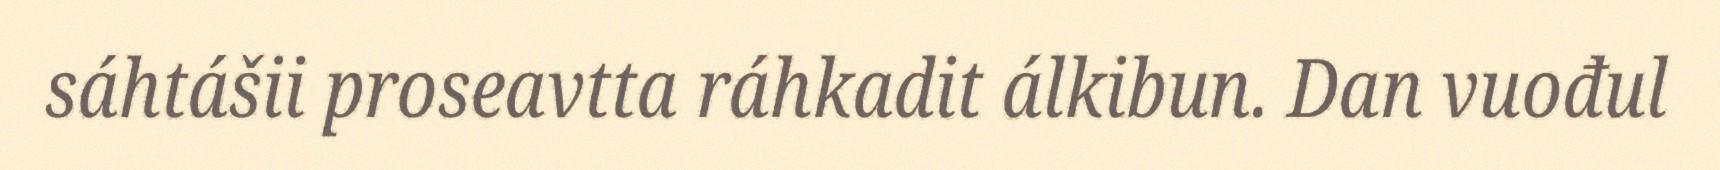
sáhtášii proseavtta ráhkadit álkibun. Dan vuođul